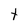
Character: t